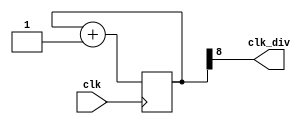
`timescale 1ns / 1ps
//////////////////////////////////////////////////////////////////////////////////
// Company: 
// Engineer: 
// 
// Design Name: 
// Module Name: clk_div_universal
// Project Name: 
// Target Devices: 
// Tool Versions: 
// Description: 
// 
// Dependencies: 
// 
// Revision:
// Revision 0.01 - File Created
// Additional Comments:
// 
//////////////////////////////////////////////////////////////////////////////////


module clk_div_universal(
    input clk,
    output clk_div
    );
    reg [25:0]Q;

    initial
     Q = 0;

    // use zero for simulation 
    //assign clk_div = Q[0]; // 50 MHz -> 50MHz
    // use twenty for actual implementation
    assign clk_div = Q[8]; // 100 MHz -> 

    always@(posedge clk)   
        begin
            Q <= Q + 1;
        end   
endmodule